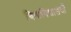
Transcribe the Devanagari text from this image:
विश्वविद्यालयोँ